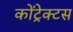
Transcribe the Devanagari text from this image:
कोंट्रेक्टस